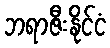
ဘရာဇီးနိုင်ငံ